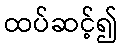
ထပ်ဆင့်၍